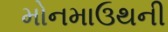
મોનમાઉથની